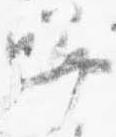
哢